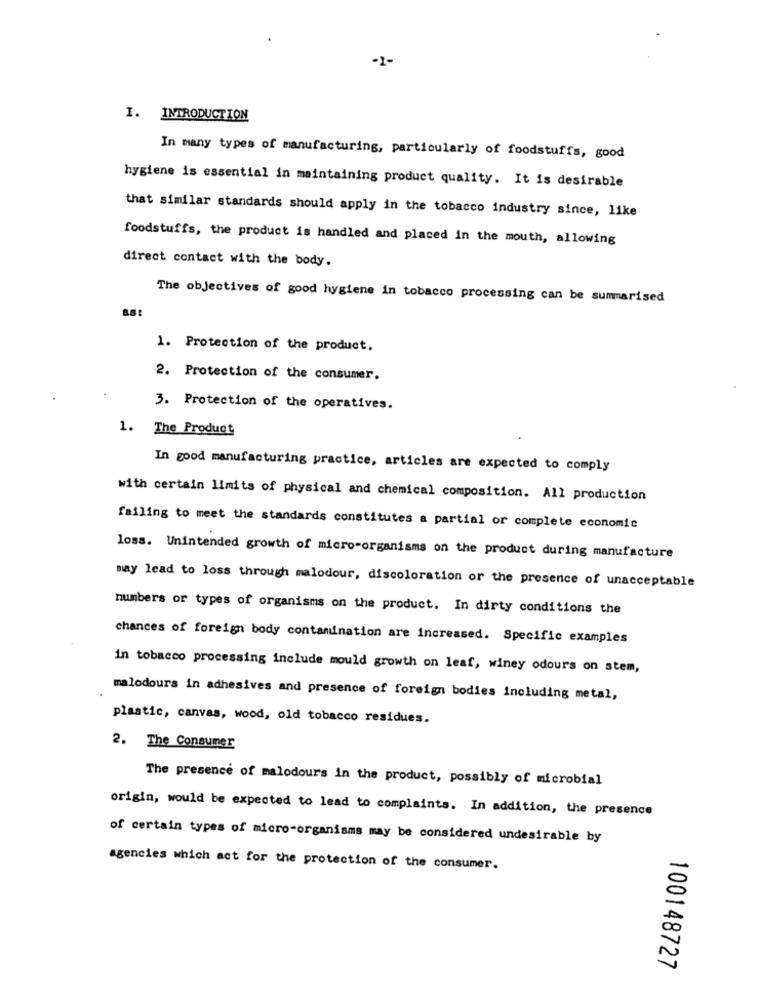
-1-
I. INTRODUCTION
In many types of manufacturing, particularly of foodstuffs, good
hygiene is essential in maintaining product quality. It is desirable
that similar standards should apply in the tobacco industry since, like
foodstuffs, the product is handled and placed in the mouth, allowing
direct contact with the body.
The objectives of good hygiene in tobacco processing can be summarised
1. Protection of the product.
2. Protection of the consumer.
3. Protection of the operatives.
1. The Product
In good manufacturing practice, articles are expected to comply
with certain limits of physical and chemical composition. All production
failing to meet the standards constitutes a partial or complete economic
loss. Unintended growth of micro-organisms on the product during manufacture
may lead to loss through malodour, discoloration or the presence of unacceptable
numbers or types of organisms on the product. In dirty conditions the
chances of foreign body contamination are increased. Specific examples
in tobacco processing include mould growth on leaf, winey odours on stem,
malodours in adhesives and presence of foreign bodies including metal,
plastic, canvas, wood, old tobacco residues.
2. The Consumer
The presence of malodours in the product, possibly of microbial
origin, would be expected to lead to complaints. In addition, the presence
of certain types of micro-organisms may be considered undesirable by
agencies which act for the protection of the consumer.
100148727